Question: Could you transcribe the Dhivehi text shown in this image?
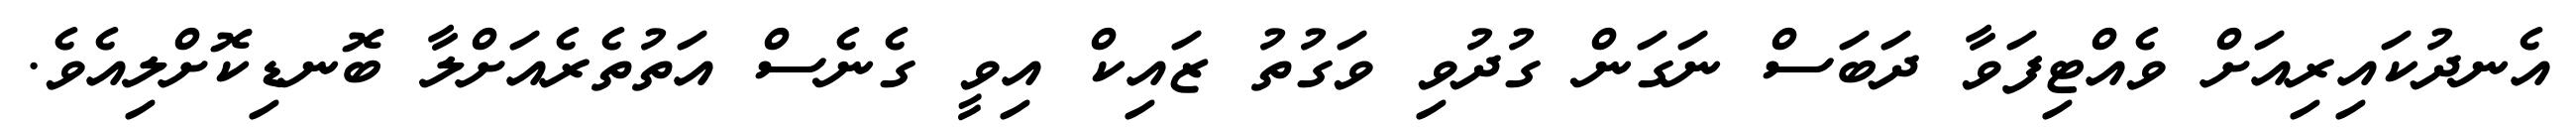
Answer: އެނދުކައިރިއަށް ވެއްޓިފަވާ ދަބަސް ނަގަން ގުދުވި ވަގުތު ޒައިކް އިވީ ގެނެސް އަތުތެރެއަށްލާ ބޮނޑިކޮށްލިއެވެ.